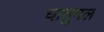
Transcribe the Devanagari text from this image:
घातुमल